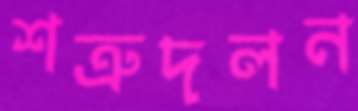
শত্রুদলন